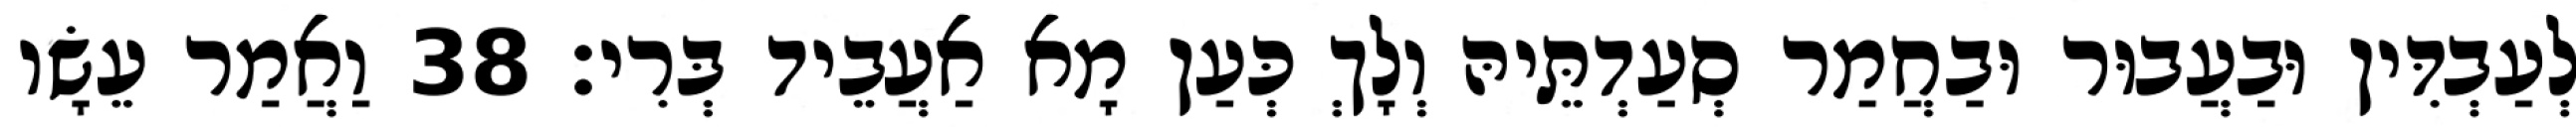
לְעַבְדִּין וּבַעֲבוּר וּבַחֲמַר סְעַדְתֵּיהּ וְלָךְ כְּעַן מָא אַעֲבֵיד בְּרִי׃ 38 וַאֲמַר עֵשָׂו